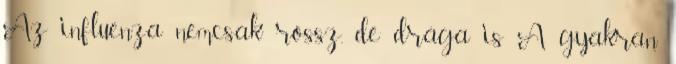
Az influenza nemcsak rossz, de drága is A gyakran